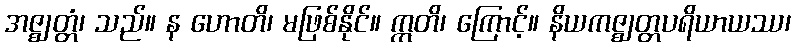
အဇ္ဈတ္တံ၊ သည်။ န ဟောတိ၊ မဖြစ်နိုင်။ ဣတိ၊ ကြောင့်။ နိယကဇ္ဈတ္တပရိယာယဿ၊